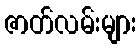
ဇာတ်လမ်းများ